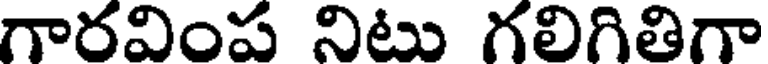
గారవింప నిటు గలిగితిగా